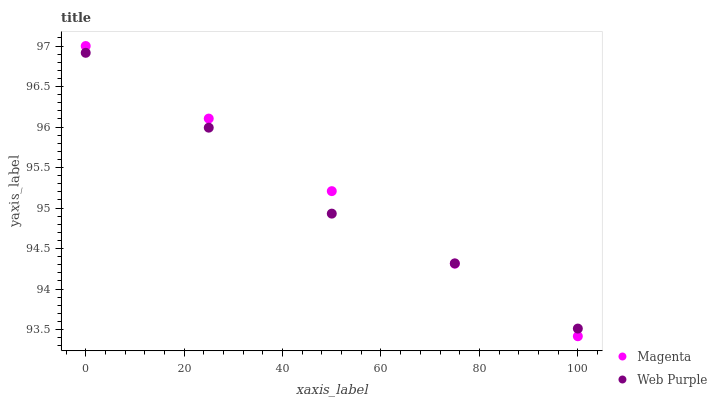
| xaxis_label | Magenta | Web Purple |
 | --- | --- | --- |
 | 0 | 97 | 96.9 |
 | 25 | 96.1 | 96 |
 | 50 | 95.2 | 94.9 |
 | 75 | 94.3 | 94.3 |
 | 100 | 93.4 | 93.5 |